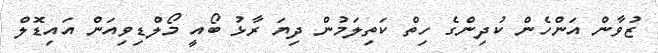
ޒުވާން އަންހެން ކުދިންގެ ހިތް ކަތިލަމުން ދިޔަ ރާޅު ބޯއީ މޯލްޑިވިއަން އައިޑޮލް